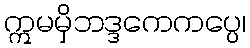
ဣမမှိဘဒ္ဒကေကပ္ပေ၊